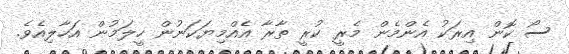
ސޯ ކޮން އިރަކު އެންމެން މެރީ ކުރީ ތާރާ އެއްމިޔަކަނުން ހީލަމުން އަހާލިއެވެ.